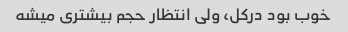
خوب بود درکل، ولی انتظار حجم بیشتری میشه